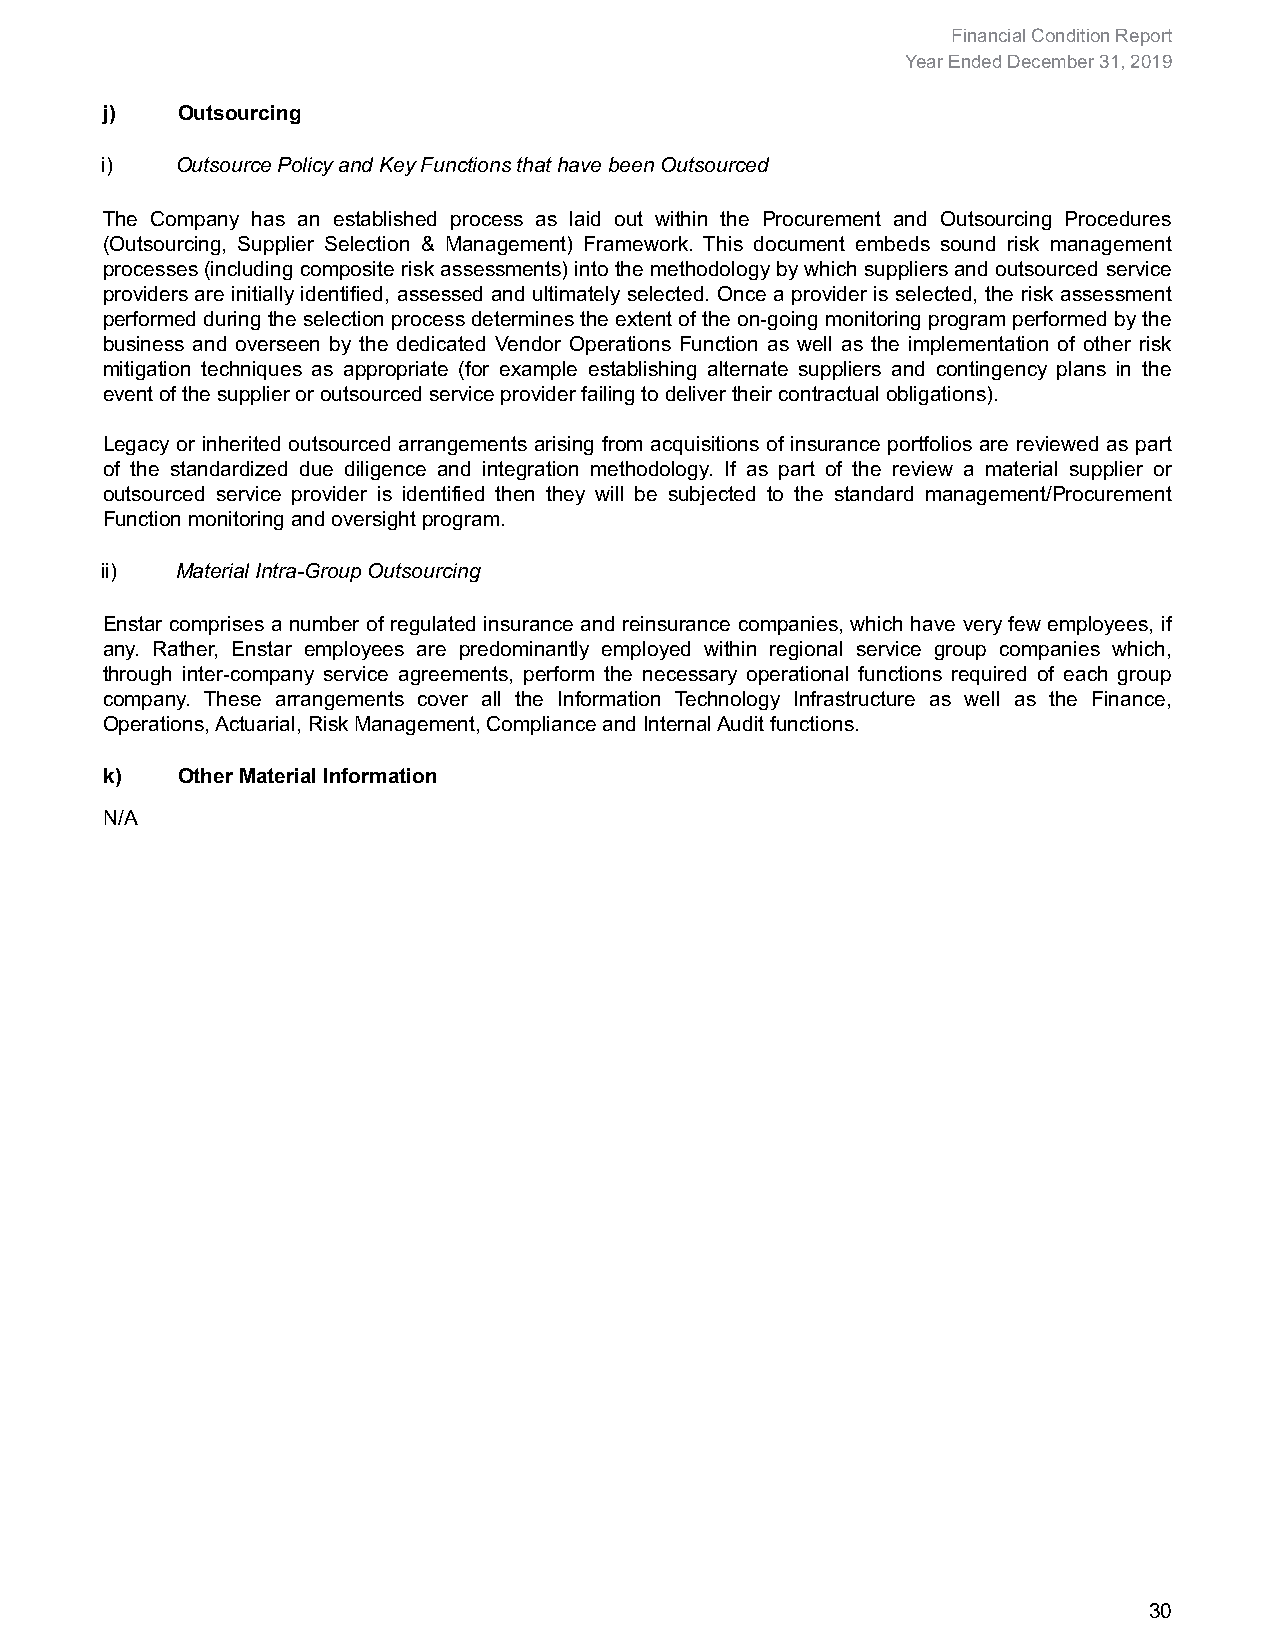
Financial Condition Report
 Year Ended December 31, 2019
 j)   Outsourcing
 i)   Outsource Policy and Key Functions that have been Outsourced
 The Company has an established process as laid out within the Procurement and Outsourcing Procedures
 (Outsourcing, Supplier Selection & Management) Framework. This document embeds sound risk management
 processes (including composite risk assessments) into the methodology by which suppliers and outsourced service
 providers are initially identified, assessed and ultimately selected. Once a provider is selected, the risk assessment
 performed during the selection process determines the extent of the on-going monitoring program performed by the
 business and overseen by the dedicated Vendor Operations Function as well as the implementation of other risk
 mitigation techniques as appropriate (for example establishing alternate suppliers and contingency plans in the
 event of the supplier or outsourced service provider failing to deliver their contractual obligations).
 Legacy or inherited outsourced arrangements arising from acquisitions of insurance portfolios are reviewed as part
 of the standardized due diligence and integration methodology. If as part of the review a material supplier or
 outsourced service provider is identified then they will be subjected to the standard management/Procurement
 Function monitoring and oversight program.
 ii)  Material Intra-Group Outsourcing
 Enstar comprises a number of regulated insurance and reinsurance companies, which have very few employees, if
 any. Rather, Enstar employees are predominantly employed within regional service group companies which,
 through inter-company service agreements, perform the necessary operational functions required of each group
 company. These arrangements cover all the Information Technology Infrastructure as well as the Finance,
 Operations, Actuarial, Risk Management, Compliance and Internal Audit functions.
 k)   Other Material Information
 N/A
 30